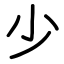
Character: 少